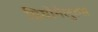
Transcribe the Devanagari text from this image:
प्रियोनेलुरुस